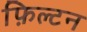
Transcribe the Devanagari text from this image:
फ़िल्टन